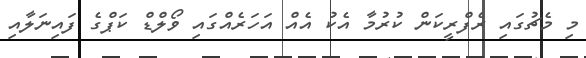
މި މެޗުގައި ރެފްރީކަން ކުރުމާ އެކު އެއް އަހަރެއްގައި ވޯލްޑް ކަޕްގެ ފައިނަލާއި